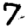
Digit: 7